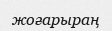
жоғарыраң